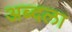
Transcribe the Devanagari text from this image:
अब्दला